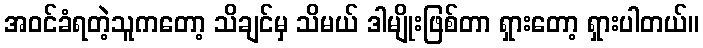
အဝင်ခံရတဲ့သူကတော့ သိချင်မှ သိမယ် ဒါမျိုးဖြစ်တာ ရှားတော့ ရှားပါတယ်။